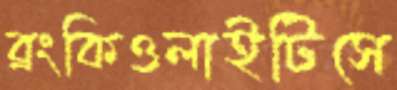
ব্রংকিওলাইটিসে